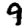
Digit: 9